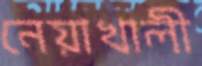
নেয়াখালী